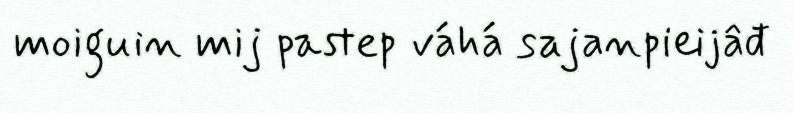
moiguin mij pastep váhá sajanpieijâđ